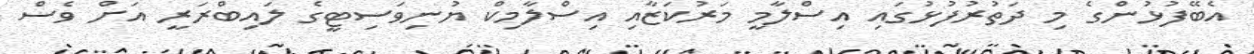
އެބޭފުޅުންގެ މި ދަތުރުފުޅުގައި އިސްލާމީ މަރުކަޒާއި އިސްލާމިކް ޔުނިވަސިޓީގެ ލައިބްރަރީ އަށް ވެސް